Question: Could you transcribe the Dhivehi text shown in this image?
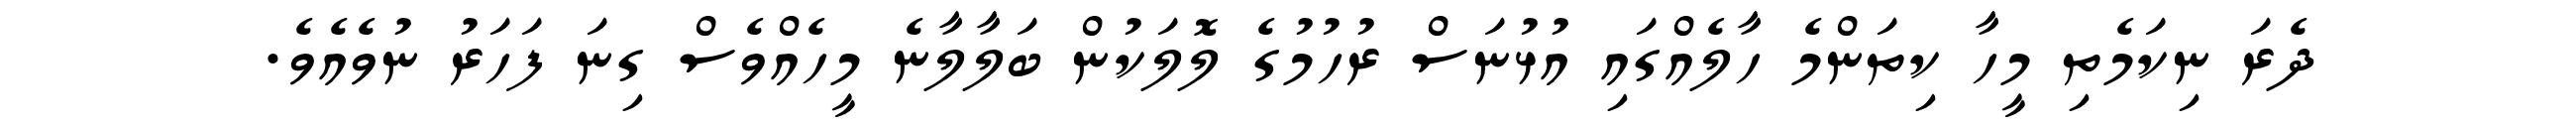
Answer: ދެރަ ނިކަމެތި މީހާ ކިތަންމެ ހާލެއްގައި އުޅުނަސް ރުހުމުގެ ލޮލަކުން ބަލާލާނެ މީހެއްވެސް ގިނަ ފަހަރު ނުވެއެވެ.